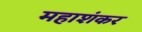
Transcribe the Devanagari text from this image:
महाशंकर